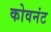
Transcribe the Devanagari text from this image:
कोवनंट